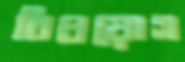
বিপ্রয়োগ